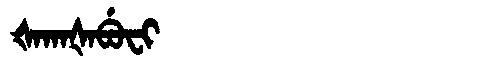
Manchu: ᡧᠠᡴᠠᡧᠠᠪᡠᠸᡳ
Romanization: ŠAKAŠABUFI